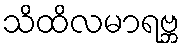
သိထိလမာရဗ္ဘ